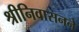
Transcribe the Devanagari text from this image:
श्रीनिवासनने